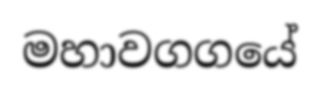
මහාවගගයේ